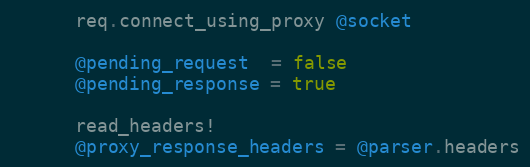
Language: Ruby
      req.connect_using_proxy @socket

      @pending_request  = false
      @pending_response = true

      read_headers!
      @proxy_response_headers = @parser.headers